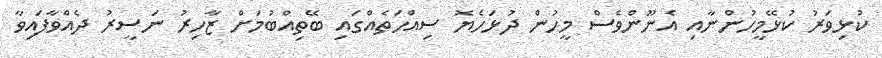
ކުޅިވަރު ކުޅޭމީހުންނާއި އެނޫންވެސް މީހުން ދުޅަހެޔޮ ސިއްހަތެއްގައި ބޭތިއްބުމަށް ޒާހިރު ނަސީރު ދެއްވާފައިވާ